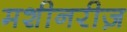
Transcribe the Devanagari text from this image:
मशीनरीज़